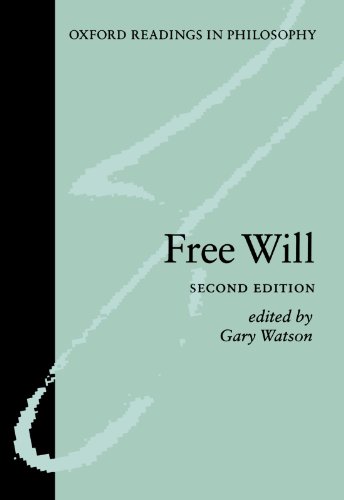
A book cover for Free Will (Oxford Readings in Philosophy); Politics & Social Sciences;